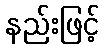
နည်းဖြင့်